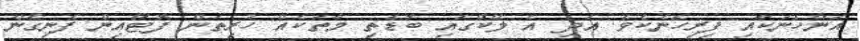
އަންހެނަކާއި ފިރިހެނެކެވެ. އަދި އެ ލޭކްގައި ބޮޑެތި މާތަކެއް ހުރިތަން ފޮޓޯއިން ފެނިގެން